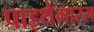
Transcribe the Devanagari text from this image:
पाइथेगारस